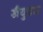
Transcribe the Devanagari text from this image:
खैयुधार